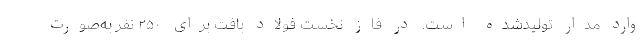
وارد مدار تولیدشده است. در فاز نخست فولاد بافت برای ۲۵۰ نفر به‌صورت